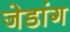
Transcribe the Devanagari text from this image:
जेडांग